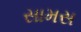
સામસ